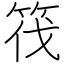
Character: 筏